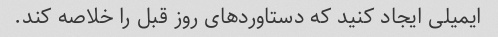
ایمیلی ایجاد کنید که دستاوردهای روز قبل را خلاصه کند.